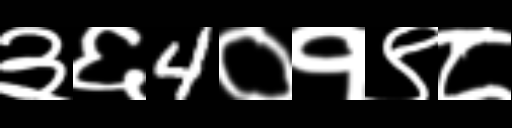
Text: ३६4०१९८